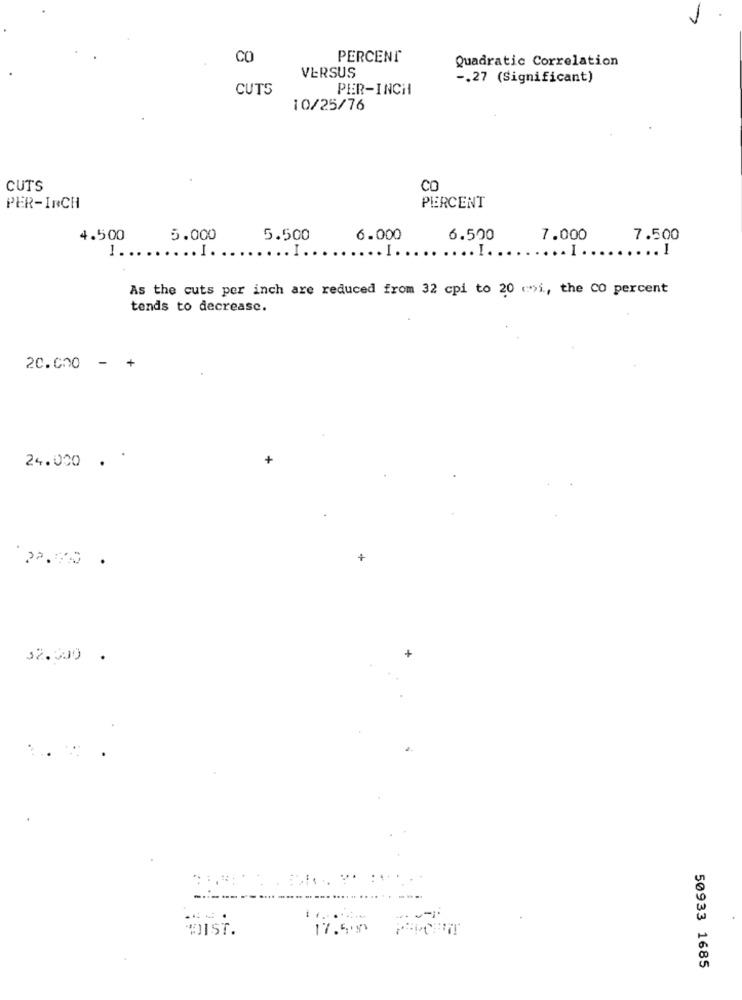
CO
PERCENT
Quadratic Correlation
VERSUS
-. 27 (Significant)
CUTS
PER-INCH
10/25/76
CUTS
CO
PER-INCH
PERCENT
4.500
5.000
5.500
6.000
6.500
7.000
7.500
1 ...
..... I.
.... I.
... I.
.. .... I.
..... I ..
... .... I
As the cuts per inch are reduced from 32 cpi to 20 ci, the CO percent
tends to decrease.
20.000 - +
24.000
2.00 .
+
+
32.300 .
--.
WIST.
17.5
50933 1685